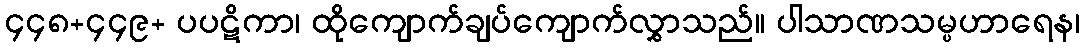
၄၄၈+၄၄၉+ ပပဋိကာ၊ ထိုကျောက်ချပ်ကျောက်လွှာသည်။ ပါသာဏသမ္ပဟာရေန၊